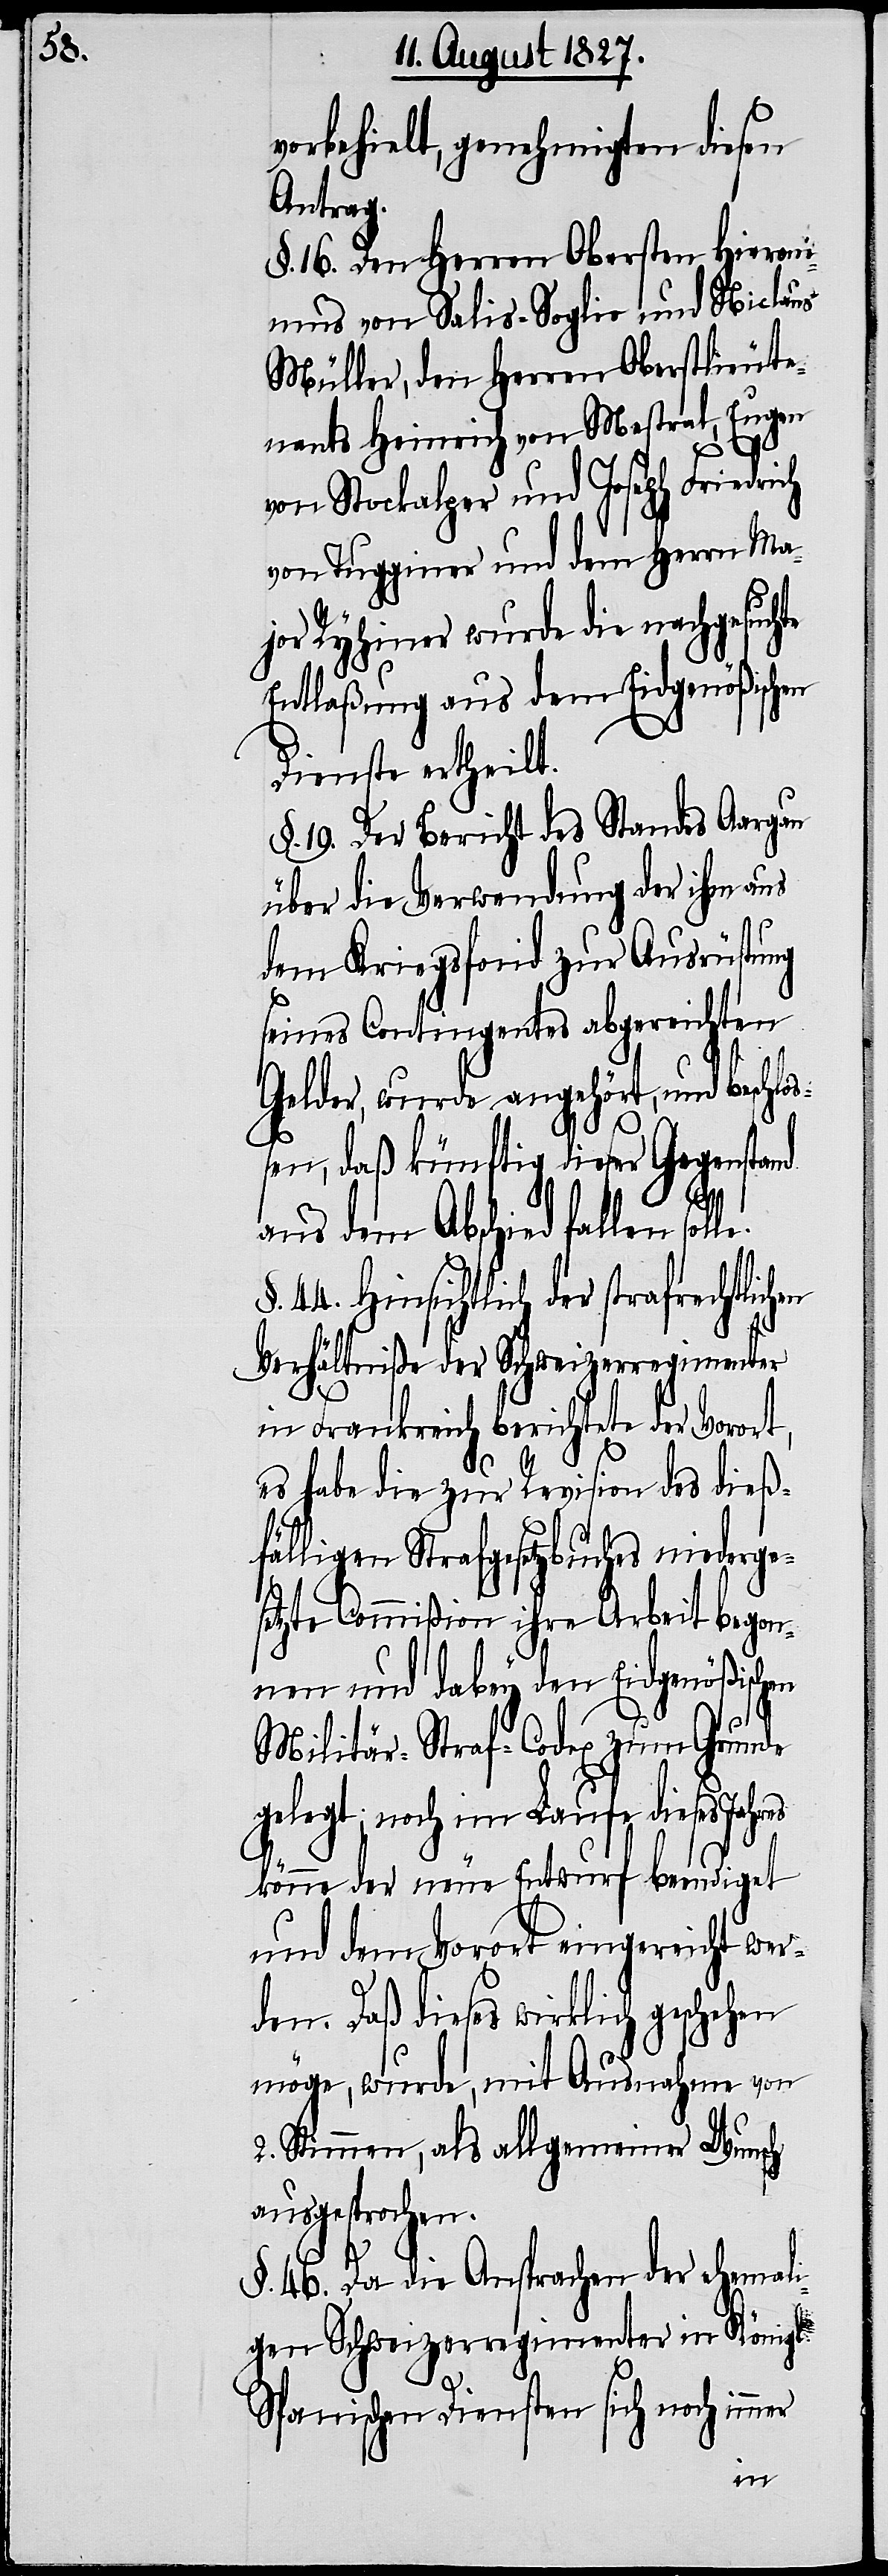
te
vorbehielt, genehmigten diesen
Antrag.
§. 16. Den Herren Obersten Hieroni¬
mus von Salis-Soglio und Niclaus
Müller, den Herren Oberstlieute¬
nants Heinrich von Mestral, Eugen
von Stockalper und Joseph Friedrich
von Tugginer und dem Herrn Ma¬
jor Ryhiner wurde die nachgesuch¬
Entlaßung aus dem Eidgenößischen
Dienste ertheilt.
§. 19. Der Bericht des Standes Aargau
über die Verwendung der ihm aus
dem Kriegsfond zur Ausrüstung
seines Contingentes abgereichten
Gelder, wurde angehört, und beschlo¬
ßen, daß künftig dieser Gegenstand
aus dem Abschied fallen solle.
44. Hinsichtlich der strafrechtlichen
Verhältniße der Schweizerregimenter
in Frankreich berichtete der Vorort,
es habe die zur Revision des dieß¬
fälligen Strafgesetzbuches niederges¬
etzte Commißion ihre Arbeit begon¬
nen und dabey den Eidgenößischen
Militär-Straf-Codex zum Grunde
gelegt; noch im Laufe dieses Jahres
könne der neue Entwurf beendiget
und dem Vorort eingereicht wer¬
den. Daß dieses wirklich geschehen
möge, wurde, mit Ausnahme von
2. Stimmen, als allgemeiner Wunsch
ausgesprochen.
§. 46. Da die Ansprachen der ehemal¬
igen Schweizerregimenter in Königl.
Spanischen Diensten sich noch immer